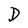
Character: D